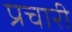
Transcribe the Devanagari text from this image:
प्रचारी